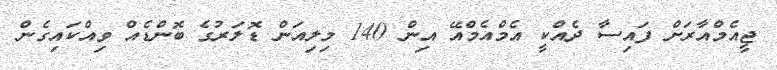
ޖީއެމްއާރަށް ފައިސާ ދެއްކީ އެމްއެމްއޭ އިން 140 މިލިއަން ޑޮލަރުގެ ބޮންޑެއް ވިއްކައިގެން